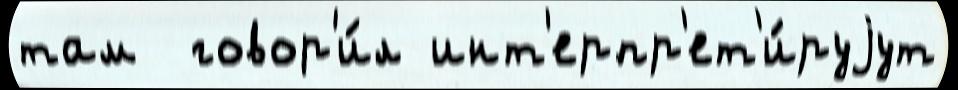
там  говор'и́л инт'ерпр'ет'и́руjут